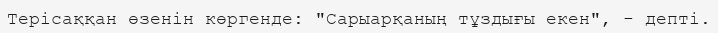
Терісаққан өзенін көргенде: "Сарыарқаның тұздығы екен", - депті.